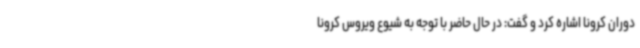
دوران کرونا اشاره کرد و گفت: در حال حاضر با توجه به شیوع ویروس کرونا